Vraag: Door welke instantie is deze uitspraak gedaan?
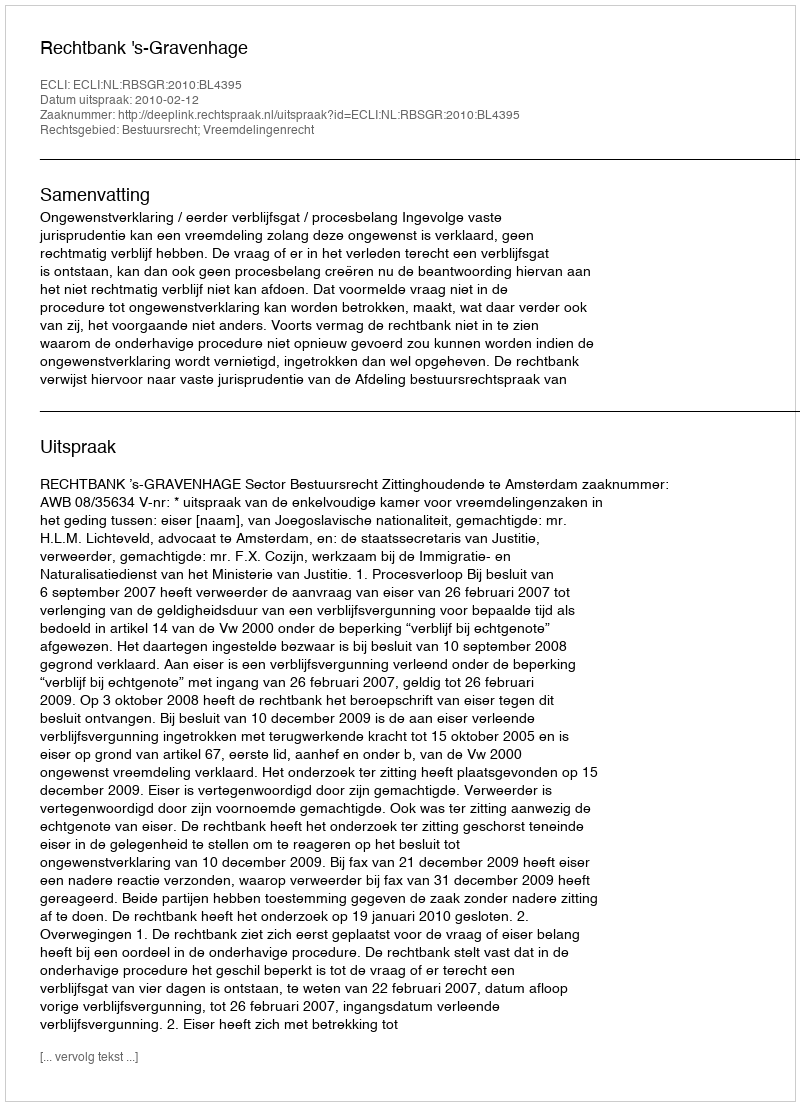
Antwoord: Rechtbank 's-Gravenhage